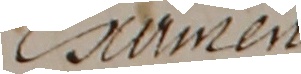
Camen